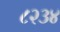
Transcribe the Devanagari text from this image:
८२३४